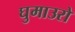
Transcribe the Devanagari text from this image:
घुमाउरो